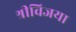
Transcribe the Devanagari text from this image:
श्रीविजया